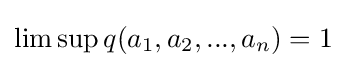
\limsup q(a_{1},a_{2},...,a_{n})=1